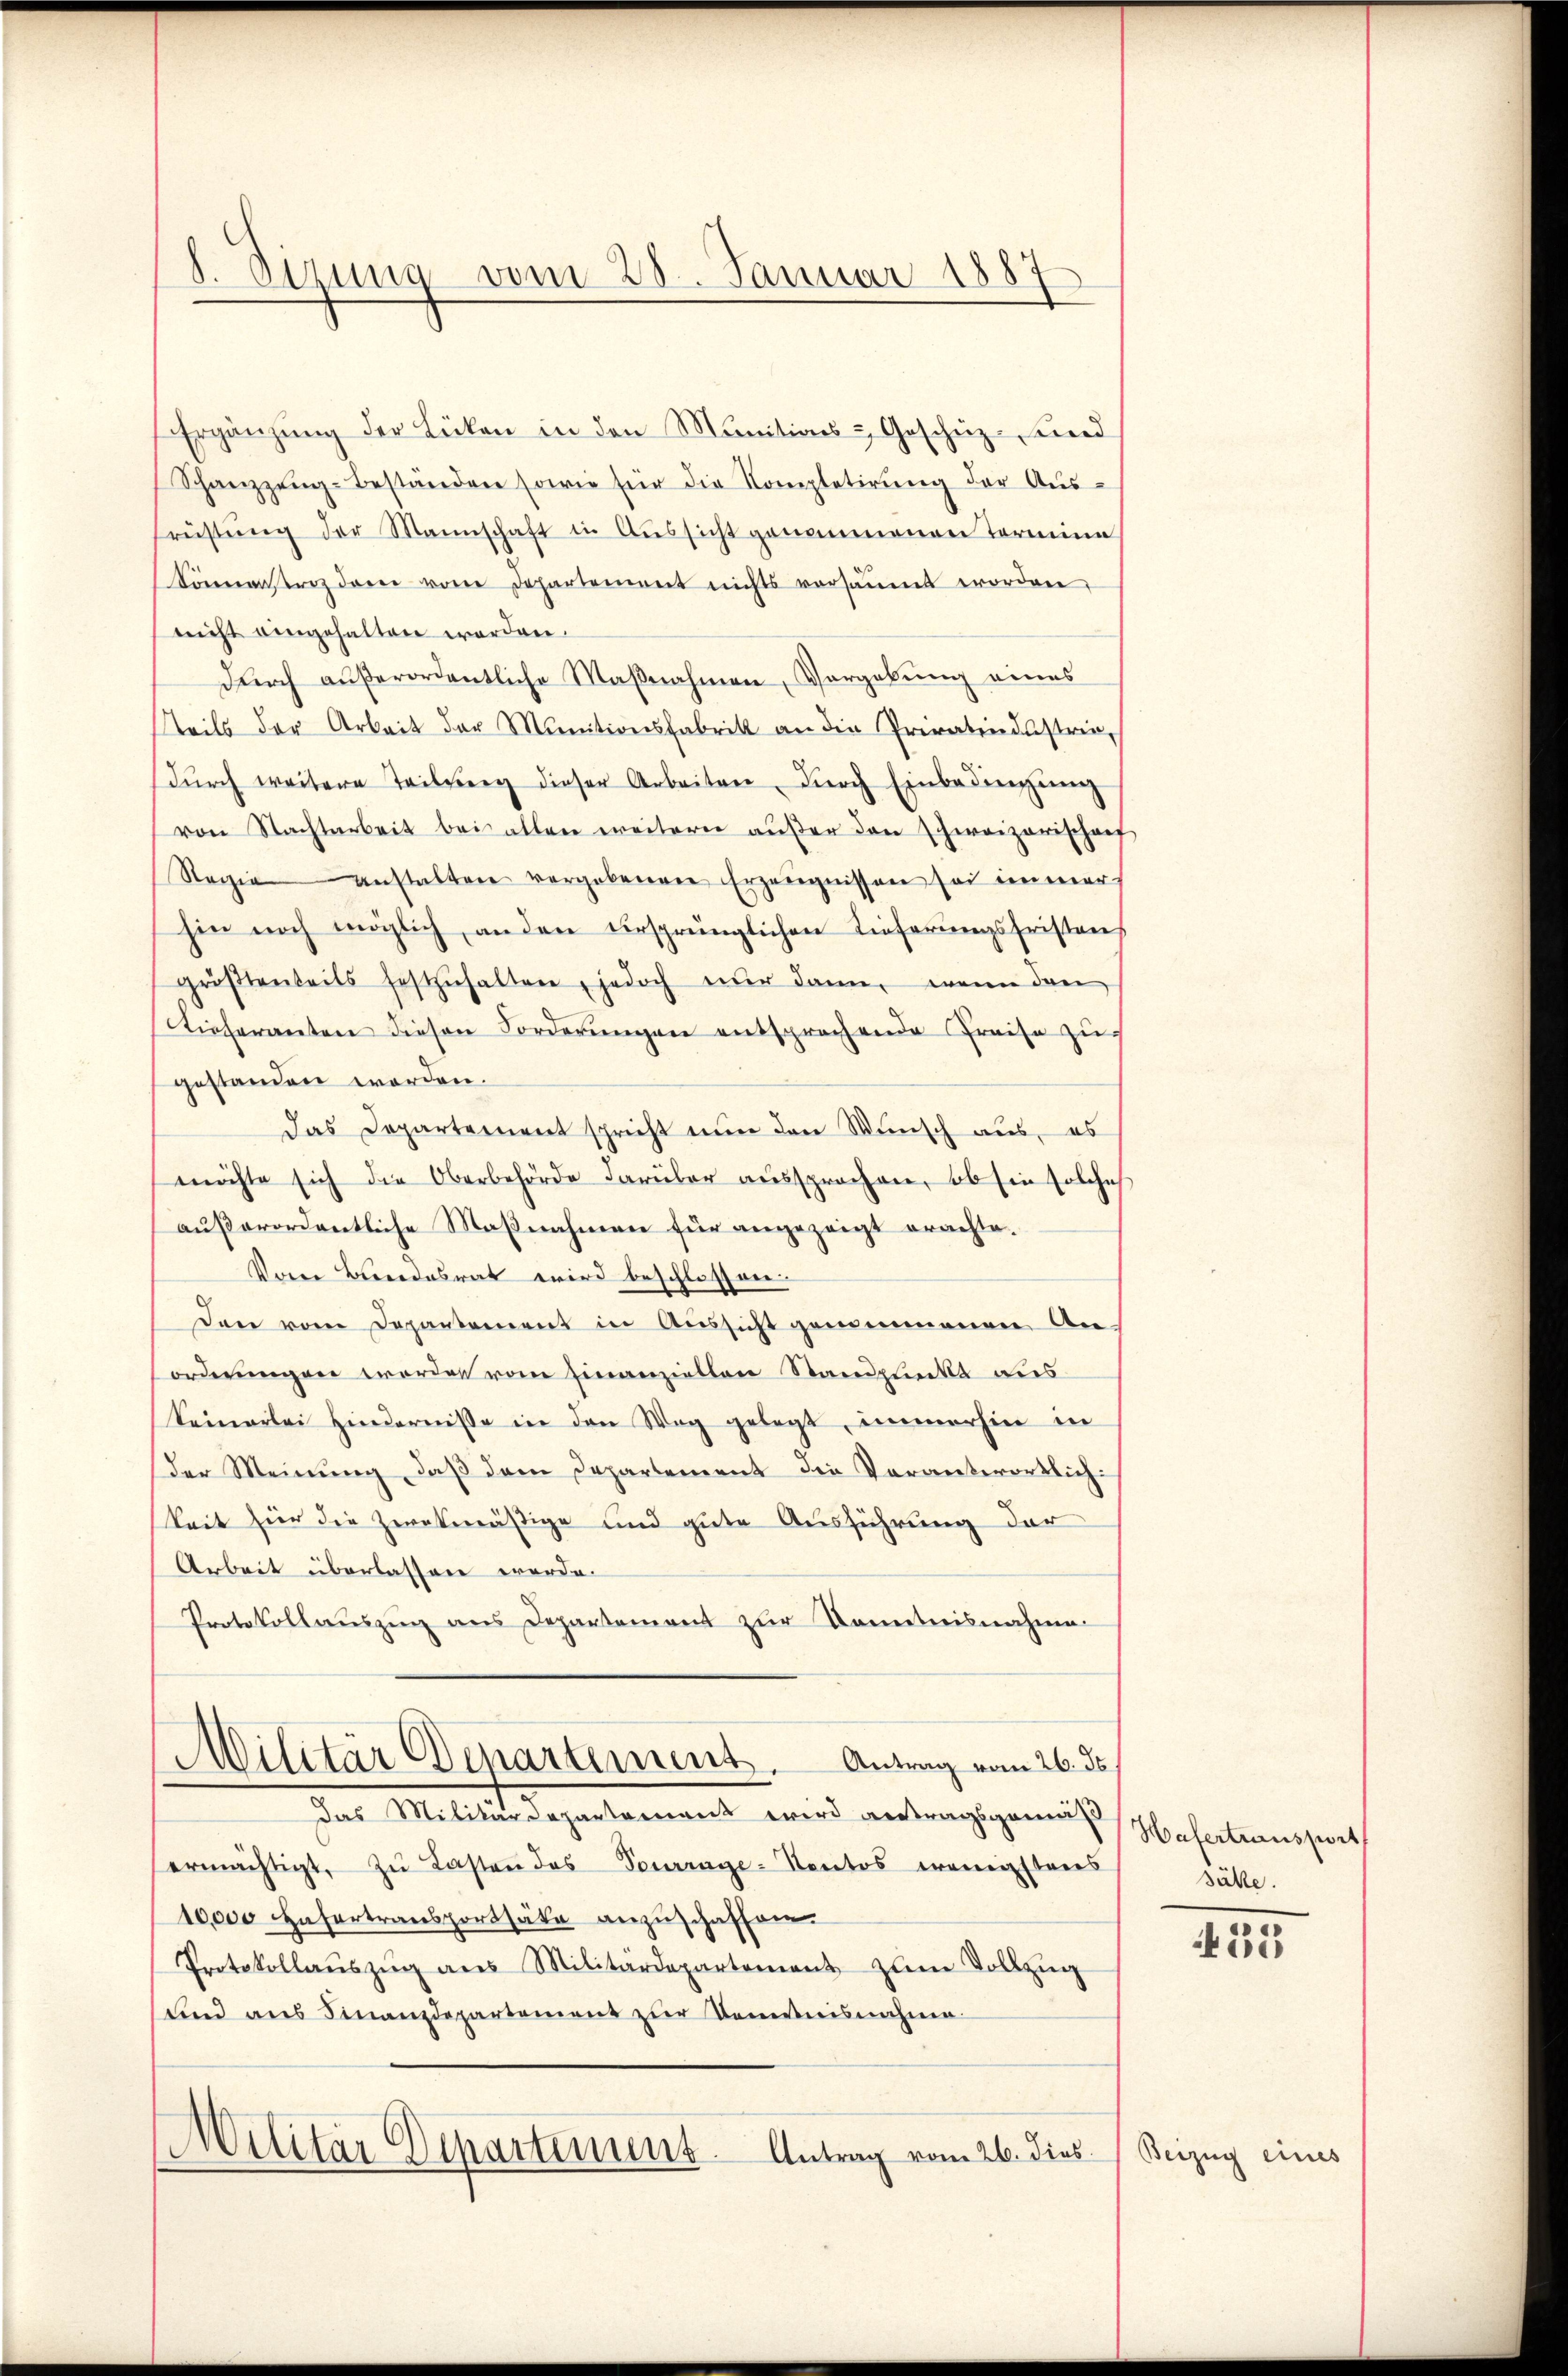
8. Sizung vom 28. Januar 1887

Ergänzŭng der Lücken in den Munitions Geschüz- und
Schanzzug-Beständen sowie für die Kompletirŭng der Aŭs-
früstŭng der Mannschaft in Aŭssicht genommenen Termine
Sonnenstrez dem von Departement nichts versäumt worden,
nicht eingehalten worden.
durch außerordentliche Maßnahmen, Vorgebung eines
teils der Arbeit der Munitionsfabrik an die Privatindustrie,
dŭrch weitere Teilung dieser Arbeiten dŭrch Einbedingŭng
von Nachtarbeit bei allen weitern außer den Schweizerischaf
Regie anstalten vergebenen Erzeŭgnissen sei immer
hin noch möglich an den ursprünglichen Lieferungsfristens
größtenteils festzŭhalten, jedoch nŭr dann, wenn dan
Tieferanten diesen Forderungen entsprochende Preise zu
gestanden worden.
das Departement spricht nun den Wunsch aus, es
möchte sich die Oberbehörde darüber aussprochen, ob sie solches
außerordentliche Maßnahmen für angezeigt erachte.
Vom Bundesrat wird beschlossen:
Den vom Departement in Aŭssicht gemeinenen An-
ordnungen wordet vom Einanziellen Standpunkt aus
Seinerlei Hindernisse in den Weg gelegt, immerhin in
der Meinung, daß dem Departement die Verantwortlich:
keit für die zwekmäßige und gute Ausführung der
Arbeit überlassen werde.
Protokollauszug aus Departement zur Kenntnisnahme
Militär Departement. Antrag vom 26. ds.
Das Militärdepartement wird antragsgemäß
ermächtigt, zu Lasten das Vorrage-Kontos wenigstens
10,000 Hafertransportsäte anzuschaffen.
Protokollaŭszŭg ans Militärdepartement zŭm Vollzŭg
sund aus Finanzdepartement zur Domenisnahme
Militär Departinius Antrag vom 26. dies

Hafertransport
Bähle.

35

Beizug eines